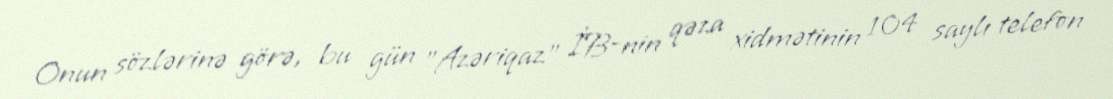
Onun sözlərinə görə, bu gün "Azəriqaz" İB-nin qəza xidmətinin 104 saylı telefon